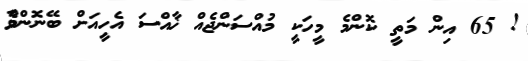
! 65 އިން މަތީ ކޮންމެ މީހަކީ މުއްސަންޖެއް ޚާއްސަ އެހީއަށް ބޭނޮންވާެ